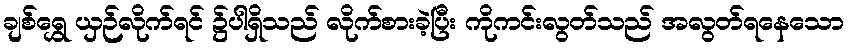
ချစ်ရွှေ ယှဉ်လိုက်ရင် ၌ပါရှိသည် လိုက်စားခဲ့ပြီး ကိုကင်းလွတ်သည် အလွတ်ရနေသော